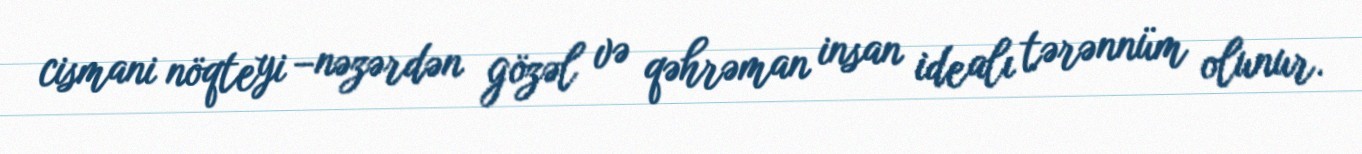
cismani nöqteyi –nəzərdən gözəl və qəhrəman insan idealı tərənnüm olunur.